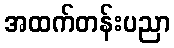
အထက်တန်းပညာ